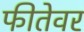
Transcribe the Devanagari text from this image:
फीतेवर